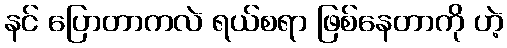
နင် ပြောတာကလဲ ရယ်စရာ ဖြစ်နေတာကို ဟဲ့